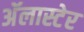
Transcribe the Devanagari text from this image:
अॅलास्टेर